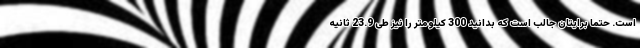
است. حتما برایتان جالب است که بدانید 300 کیلومتر را نیز طی 23.9 ثانیه